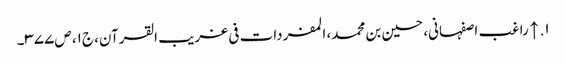
۱. ↑ راغب اصفہانی، حسین بن محمد، المفردات فی غریب القرآن، ج۱، ص۳۷۷۔